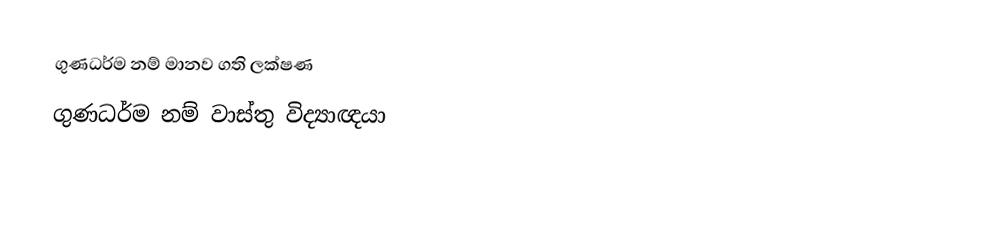
ගුණධර්ම නම් මානව ගති ලක්ෂණ
 ගුණධර්ම නම් වාස්තු විද්‍යාඥයා